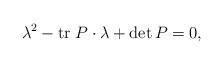
LaTeX: \begin{align*}\lambda ^{2}-\mathrm{tr}\;P\cdot \lambda +\det P=0,\end{align*}